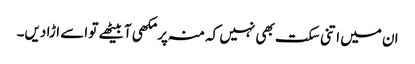
ان میں اتنی سکت بھی نہیں کہ منہ پر مکھی آبیٹھے تو اسے اڑا دیں۔